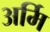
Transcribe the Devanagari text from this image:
अर्मि